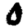
Digit: 0